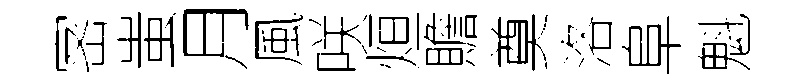
宻蚩月風咲烜贍奠洛阜魁